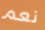
نعم